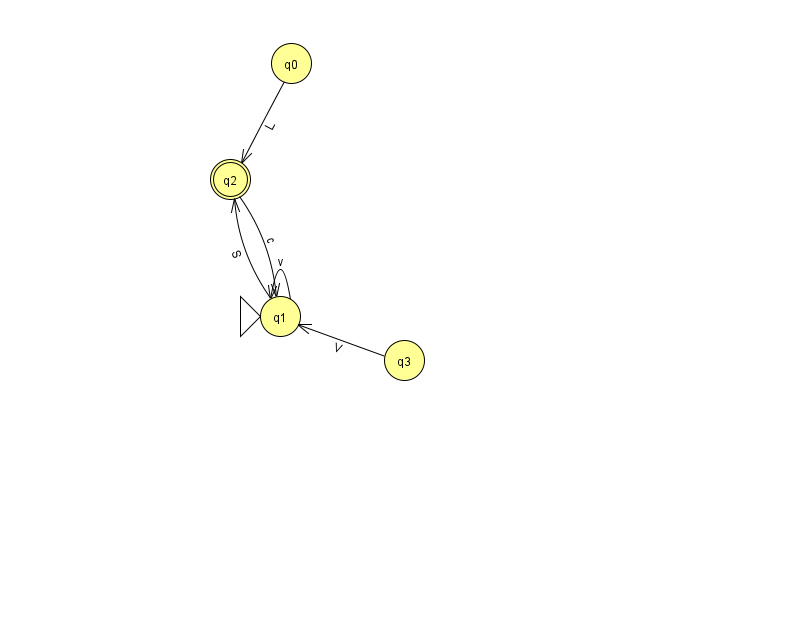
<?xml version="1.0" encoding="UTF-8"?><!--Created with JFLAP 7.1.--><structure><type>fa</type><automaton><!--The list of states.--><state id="0" name="q0"><x>291.0</x><y>50.0</y></state><state id="1" name="q1"><x>280.0</x><y>303.0</y><initial/></state><state id="2" name="q2"><x>230.0</x><y>166.0</y><final/></state><state id="3" name="q3"><x>404.0</x><y>347.0</y></state><!--The list of transitions.--><transition><from>3</from><to>1</to><read>V</read></transition><transition><from>1</from><to>1</to><read>v</read></transition><transition><from>0</from><to>2</to><read>L</read></transition><transition><from>1</from><to>2</to><read>S</read></transition><transition><from>2</from><to>1</to><read>c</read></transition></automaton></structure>